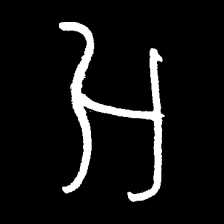
Pyu character \u2014 Myanmar letter: အ (romanized: a)